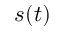
s ( t )